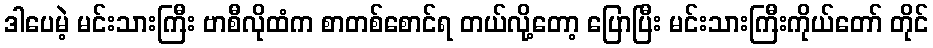
ဒါပေမဲ့ မင်းသားကြီး ဗာစီလိုထံက စာတစ်စောင်ရ တယ်လို့တော့ ပြောပြီး မင်းသားကြီးကိုယ်တော် တိုင်